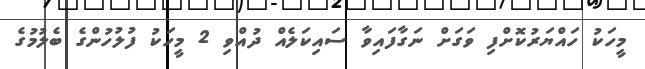
މީހަކު ހައްޔަރުކޮށްފި ވަގަށް ނަގާފައިވާ ސައިކަލެއް ދުއްވި 2 މީހަކު ފުލުހުންގެ ބެލުމުގެ